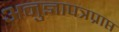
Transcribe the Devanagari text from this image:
अनुज्ञापत्रप्राप्त